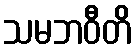
သမဘဝီတိ